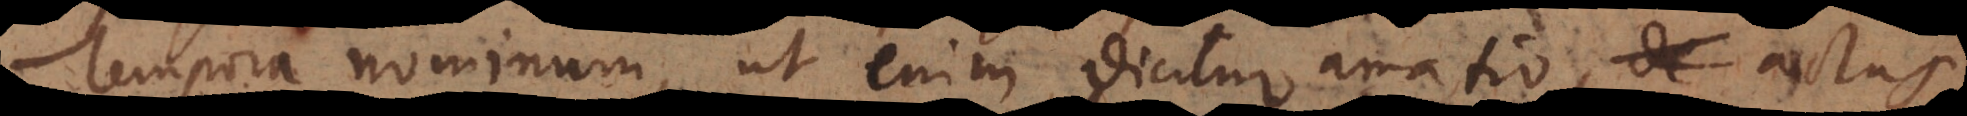
Tempora nominum, ut enim dicitur amatio, actus